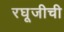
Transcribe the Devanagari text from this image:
रघूजीची